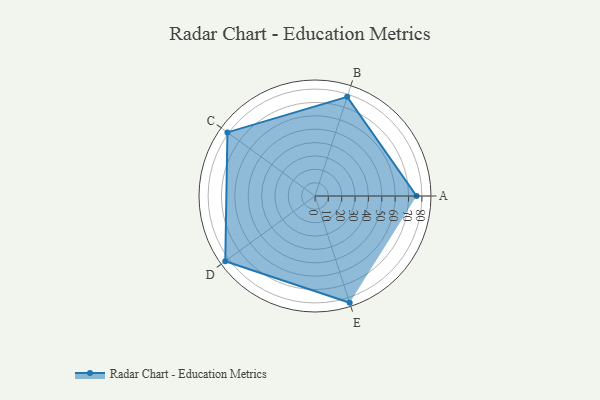
{"axis": {"x": "Skill", "y": "Score"}, "legend": ["Profile"], "data": [{"x": "A", "y": 76.0, "type": "Profile"}, {"x": "B", "y": 78.0, "type": "Profile"}, {"x": "C", "y": 81.0, "type": "Profile"}, {"x": "D", "y": 83.0, "type": "Profile"}, {"x": "E", "y": 84.0, "type": "Profile"}]}